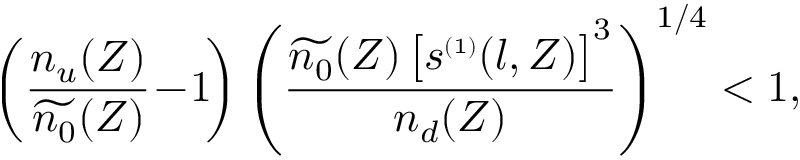
\left( \frac { n _ { u } ( Z ) } { \widetilde { n _ { 0 } } ( Z ) } \! - \! 1 \! \right) \left( \frac { \widetilde { n _ { 0 } } ( Z ) \, \big [ s ^ { { \scriptscriptstyle ( 1 ) } } ( l , Z ) \big ] ^ { 3 } } { n _ { d } ( Z ) } \right) ^ { 1 / 4 } < 1 ,